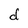
Character: d